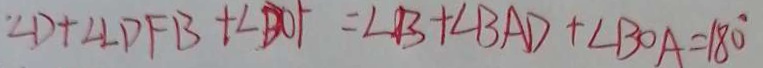
\angle D + \angle \angle D F B + \angle B O F = \angle B + \angle B A D + \angle B O A = 1 8 0 ^ { \circ }